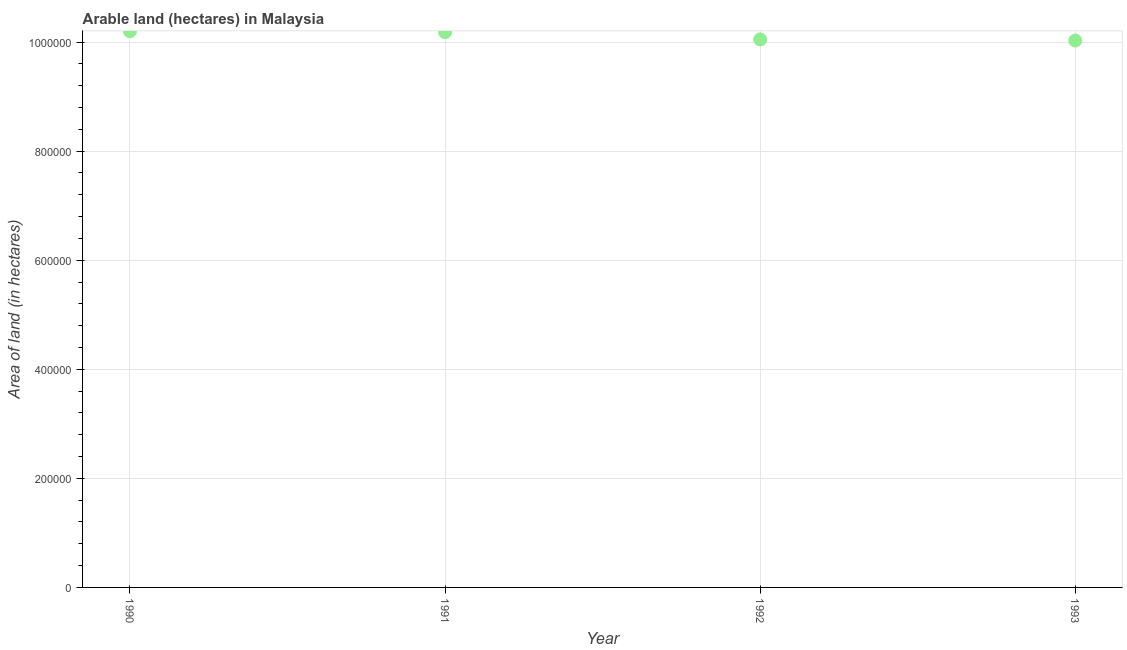
| Year | Area of land |
 | --- | --- |
 | 1990 | 1.02e+06 |
 | 1991 | 1.02e+06 |
 | 1992 | 1e+06 |
 | 1993 | 1e+06 |